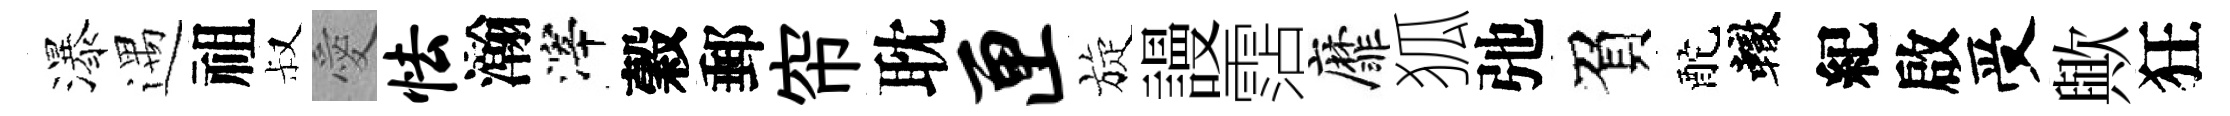
瀑遇祖叔愛怯瀚滓穀郵帘耽匣旋謾霑靡狐弛負酡轍紀啟受歟狂